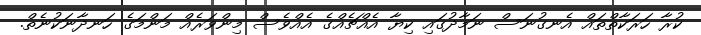
ކުރާ ހަރަކާތްތައް އެނގުނަސް ނަމާދުގައި ކިޔާ އެއްޗެއްގެ އެއްވެސް މިންވަރެއް މަންމަގެ ހަނދާނަކުނެތް.